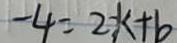
- 4 = 2 k + b